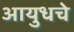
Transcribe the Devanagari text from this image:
आयुधचे